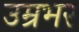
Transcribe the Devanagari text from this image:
उम्रभर